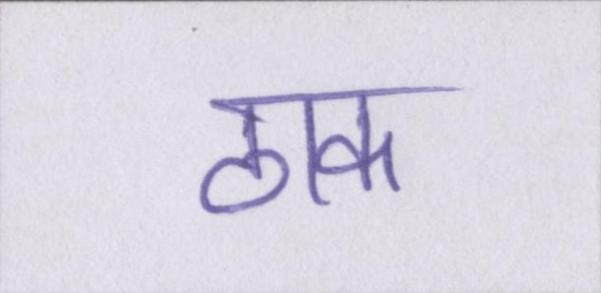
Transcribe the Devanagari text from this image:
ठाक